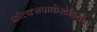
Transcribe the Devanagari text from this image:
फोल्क्सपार्कस्टेडियोन